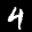
Label: 4